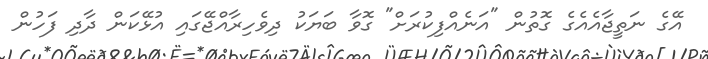
އޭގެ ނަތީޖާއެއެގެ ގޮތުން "އަނެއްފިކުރަށް" ގޮވާ ބަޔަކު ދިވެހިރާއްޖޭގައި އުޅޭކަން ދާދި ފަހުން